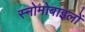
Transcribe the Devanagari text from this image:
स्नोमोबाइलों